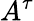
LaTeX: A^{\tau}